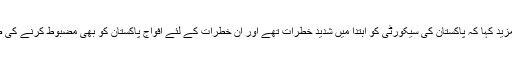
تاج حیدر نے مزید کہا کہ پاکستان کی سیکورٹی کو ابتدا میں شدید خطرات تھے اور ان خطرات کے لئے افواج پاکستان کو بھی مضبوط کرنے کی ضرورت تھی ۔